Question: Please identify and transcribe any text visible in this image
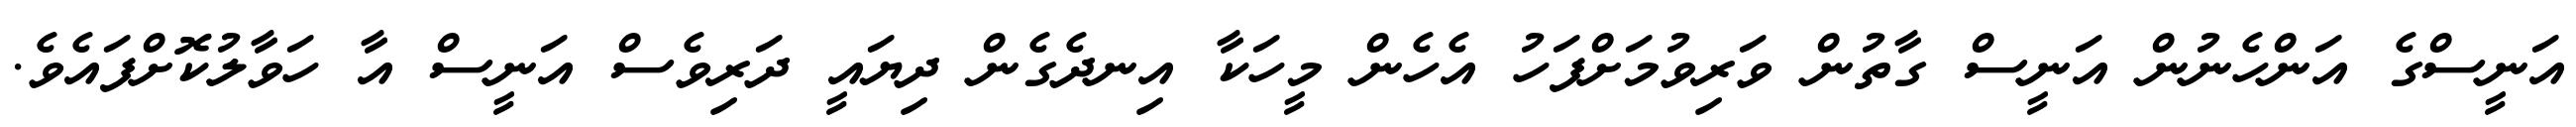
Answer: އަނީސްގެ އަންހެނުން އަނީސް ގާތުން ވަރިވުމަށްފަހު އެހެން މީހަކާ އިނދެގެން ދިޔައީ ދަރިވެސް އަނީސް އާ ހަވާލުކޮށްފައެވެ.